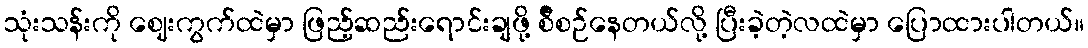
သုံးသန်းကို ဈေးကွက်ထဲမှာ ဖြည့်ဆည်းရောင်းချဖို့ စ်ီစဉ်နေတယ်လို့ ပြီးခဲ့တဲ့လထဲမှာ ပြောထားပါတယ်။